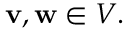
\mathbf { v } , \mathbf { w } \in V .